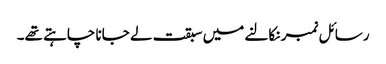
رسائل نمبر نکالنے میں سبقت لے جانا چاہتے تھے۔